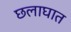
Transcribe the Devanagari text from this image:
छलाघात